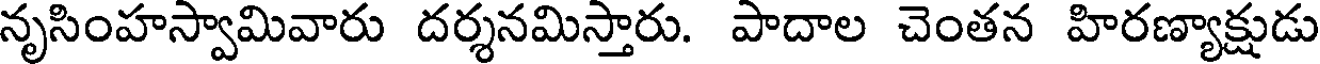
నృసింహస్వామివారు దర్శనమిస్తారు. పాదాల చెంతన హిరణ్యాక్షుడు